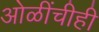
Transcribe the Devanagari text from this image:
ओळींचीही